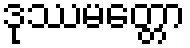
ဒုဿမတ္တော